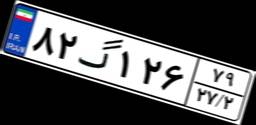
۸۲گ۱۲۶۷۹